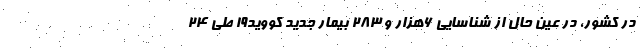
در کشور، در عین حال از شناسایی ۶هزار و ۲۸۳ بیمار جدید کووید۱۹ طی ۲۴